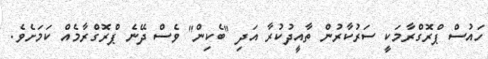
ހައުސް ޕްރޮގްރާމަކީ ސަރުކާރުން ތާއީދުކުރާ އަދި "ބެކިން" ވެސް ދޭނެ ޕްރޮގްރާމެއް ކަމަށެވެ.